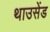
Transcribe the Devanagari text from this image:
थाउसेंड